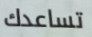
تساعدك